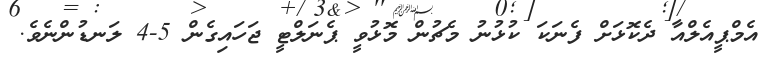
އެމްޕީއެލްއާ ދެކޮޅަށް ފެނަކަ ކުޅުނު މެޗުން މޮޅުވީ ޕެނަލްޓީ ޖަހައިގެން 5-4 ލަނޑުންނެވެ.